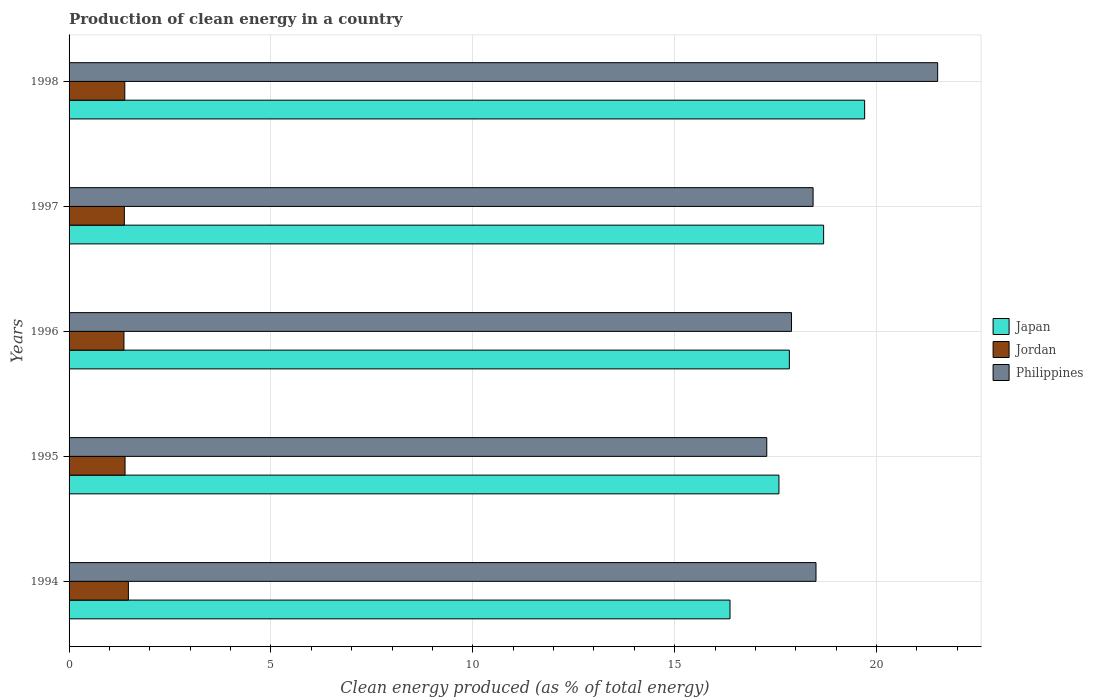
| Years | Japan | Jordan | Philippines |
 | --- | --- | --- | --- |
 | 1994 | 16.4 | 1.47 | 18.5 |
 | 1995 | 17.6 | 1.39 | 17.3 |
 | 1996 | 17.8 | 1.36 | 17.9 |
 | 1997 | 18.7 | 1.37 | 18.4 |
 | 1998 | 19.7 | 1.38 | 21.5 |